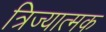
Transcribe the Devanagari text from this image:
त्रिज्यात्मक